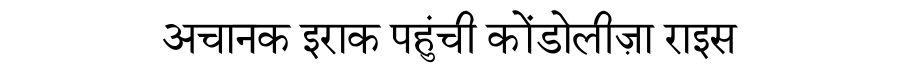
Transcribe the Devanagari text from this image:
अचानक इराक पहुंची कोंडोलीज़ा राइस